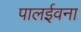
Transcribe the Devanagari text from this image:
पालईवना